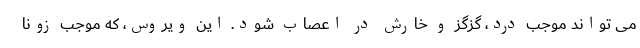
می تواند موجب درد، گزگز و خارش در اعصاب شود. این ویروس، که موجب زونا